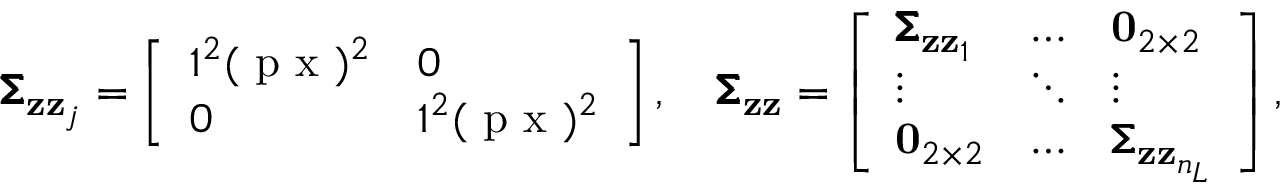
\pmb { \Sigma } _ { \mathbf { z } \mathbf { z } _ { j } } = \left[ \begin{array} { l l } { 1 ^ { 2 } ( \mathrm { ~ p ~ x ~ } ) ^ { 2 } } & { 0 } \\ { 0 } & { 1 ^ { 2 } ( \mathrm { ~ p ~ x ~ } ) ^ { 2 } } \end{array} \right] , \quad \pmb { \Sigma } _ { \mathbf { z } \mathbf { z } } = \left[ \begin{array} { l l l } { \pmb { \Sigma } _ { \mathbf { z } \mathbf { z } _ { 1 } } } & { \hdots } & { \mathbf { 0 } _ { 2 \times 2 } } \\ { \vdots } & { \ddots } & { \vdots } \\ { \mathbf { 0 } _ { 2 \times 2 } } & { \hdots } & { \pmb { \Sigma } _ { \mathbf { z } \mathbf { z } _ { n _ { L } } } } \end{array} \right] ,